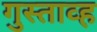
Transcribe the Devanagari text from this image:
गुस्ताव्ह